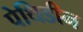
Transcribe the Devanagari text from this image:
पेथिडीन